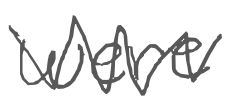
Text: were
Cross-out: zig-zag
Writing tool: digital_gray